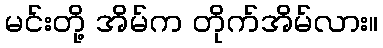
မင်းတို့ အိမ်က တိုက်အိမ်လား။